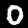
Label: 0